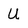
Character: U